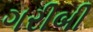
ગરીબી